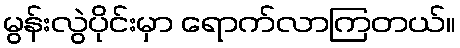
မွန်းလွဲပိုင်းမှာ ရောက်လာကြတယ်။